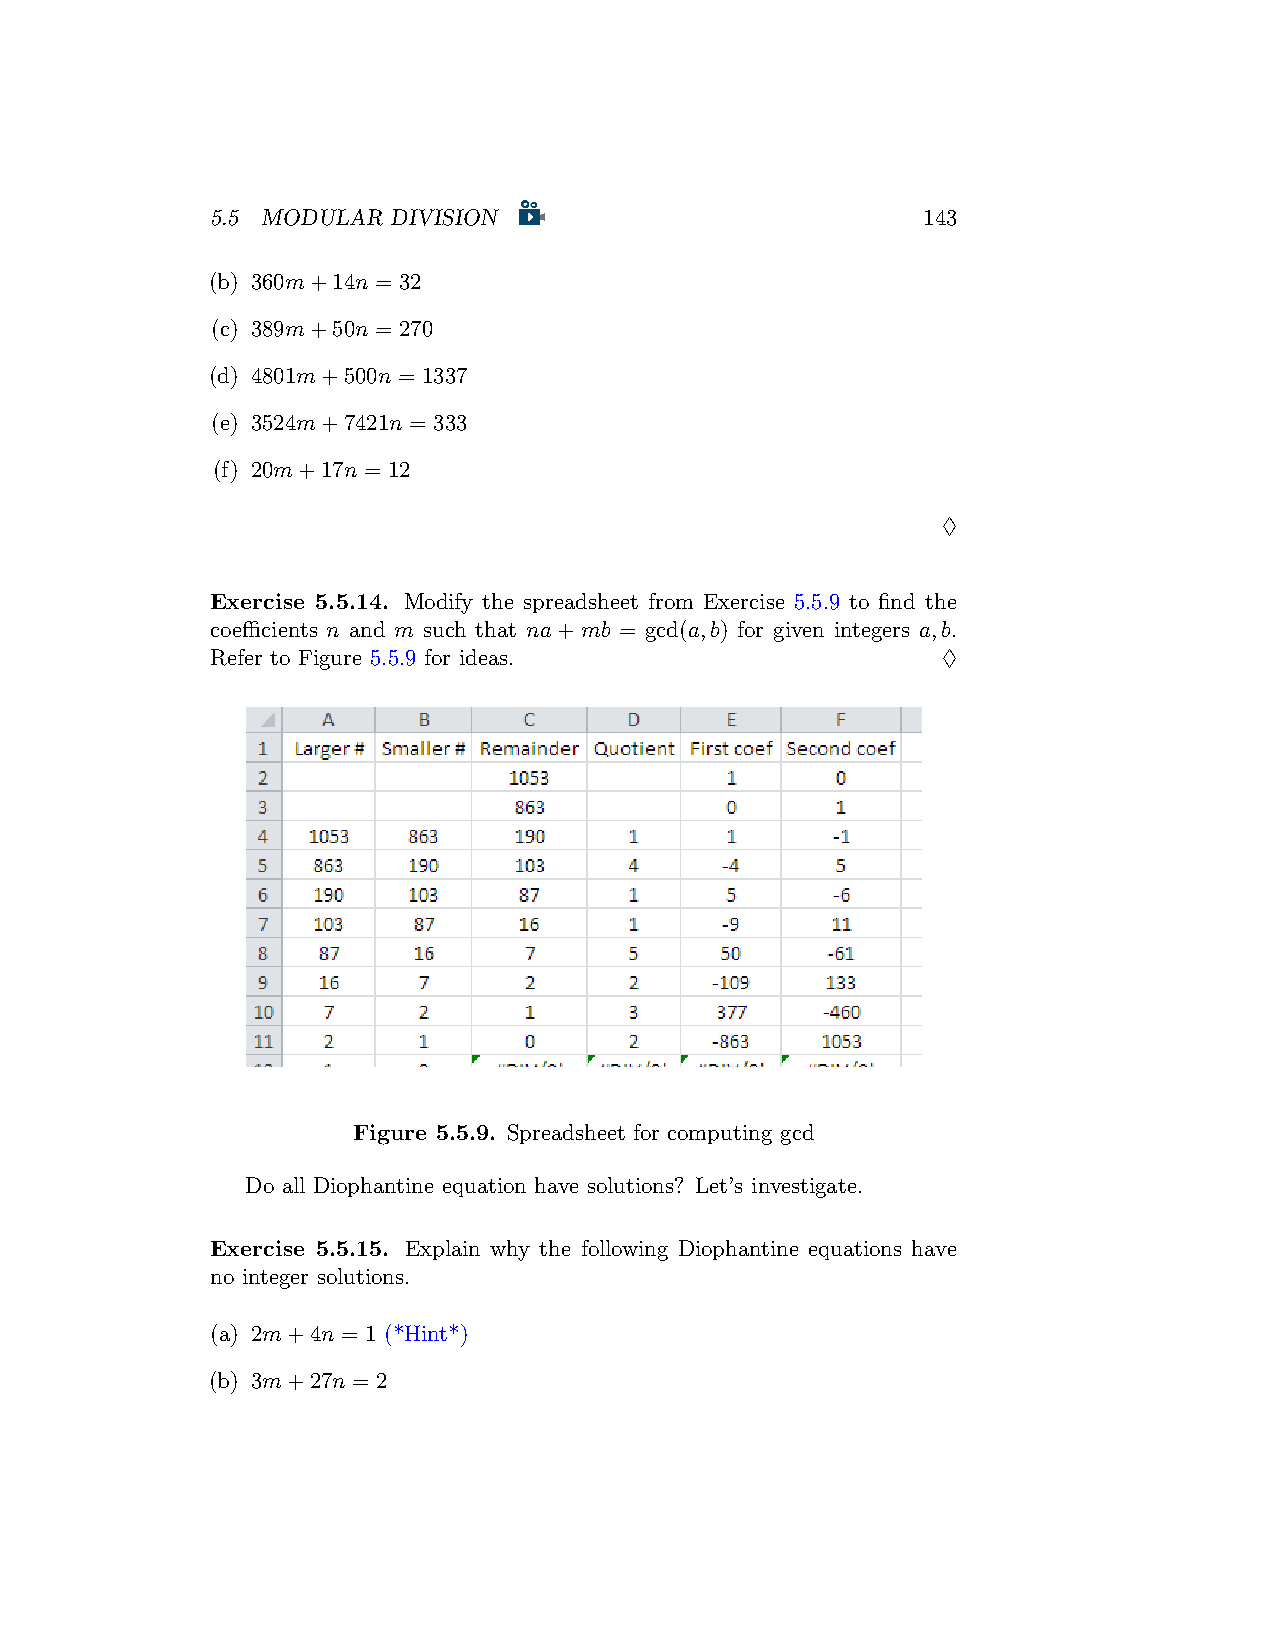
5.5 MODULAR DIVISION                           143
 (b) 360m+14n = 32
 (c) 389m+50n = 270
 (d) 4801m+500n = 1337
 (e) 3524m+7421n = 333
 (f) 20m+17n = 12
 ♢
 Exercise 5.5.14. Modify the spreadsheet from Exercise 5.5.9 to find the
 coefficients n and m such that na+mb = gcd(a,b) for given integers a,b.
 Refer to Figure 5.5.9 for ideas.                ♢
 Figure 5.5.9. Spreadsheet for computing gcd
 Do all Diophantine equation have solutions? Let’s investigate.
 Exercise 5.5.15. Explain why the following Diophantine equations have
 no integer solutions.
 (a) 2m+4n = 1 (*Hint*)
 (b) 3m+27n = 2